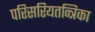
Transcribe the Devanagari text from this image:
परिसरियतन्त्रिका